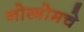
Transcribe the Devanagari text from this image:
नोस्त्रोमचे